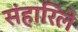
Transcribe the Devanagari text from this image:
संहारिले